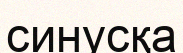
синусқа